Document type: Sale
Year: 1274
Scribe: [Unknown]
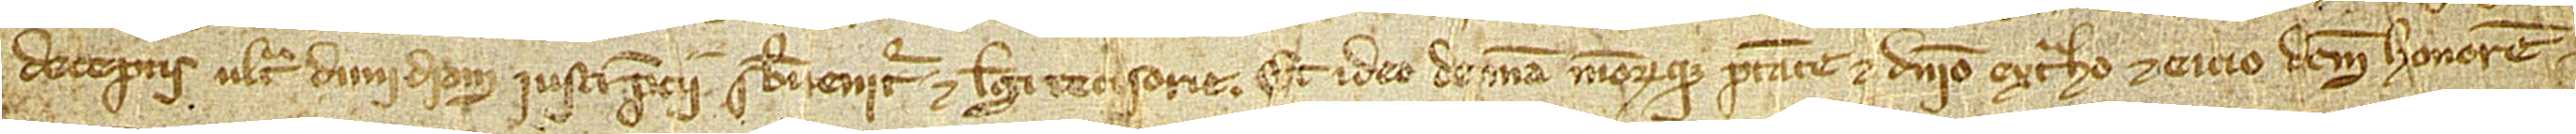
deceptis ultra dimidiam iusti precii subvenitur, et legi recisorie. Et ideo de mea meorumque potestate et dominio et extraho et eicio dictum honorem